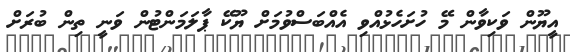
އީޔޫން ވަކިވާން މޭ ހުށަހެޅުއްވި އެއްބަސްވުމަށް ޔޫކޭ ޕާލަމަންޓުން ވަނީ ތިން ބުރަށް